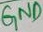
Text: GND